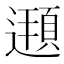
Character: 𨗶